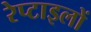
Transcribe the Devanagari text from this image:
रेप्टाइलों